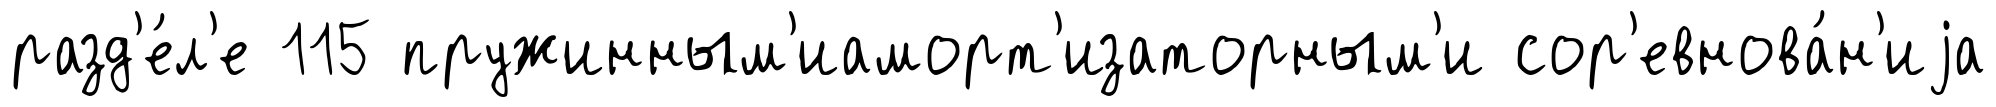
разд'е́л'е 115 пружинным'иаморт'изаторным'и сор'евнова́н'иjа